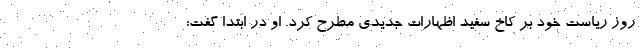
روز ریاست خود بر کاخ سفید اظهارات جدیدی مطرح کرد. او در ابتدا گفت: